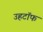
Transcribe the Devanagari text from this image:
उहटॉफ